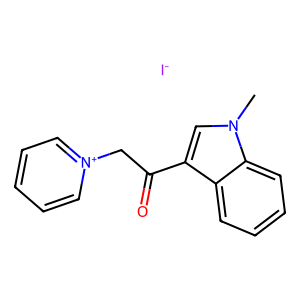
SMILES: Cn1cc(C(=O)C[n+]2ccccc2)c2ccccc21.[I-]
Inhibits HIV replication: No